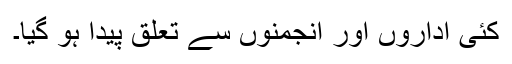
کئی اداروں اور انجمنوں سے تعلق پیدا ہو گیا۔